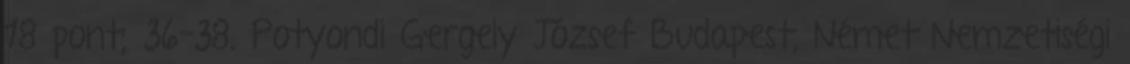
18 pont; 36–38. Potyondi Gergely József Budapest, Német Nemzetiségi